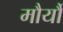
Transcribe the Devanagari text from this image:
मौर्यौं